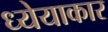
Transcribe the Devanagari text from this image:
ध्येयाकार